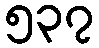
၅၃၇